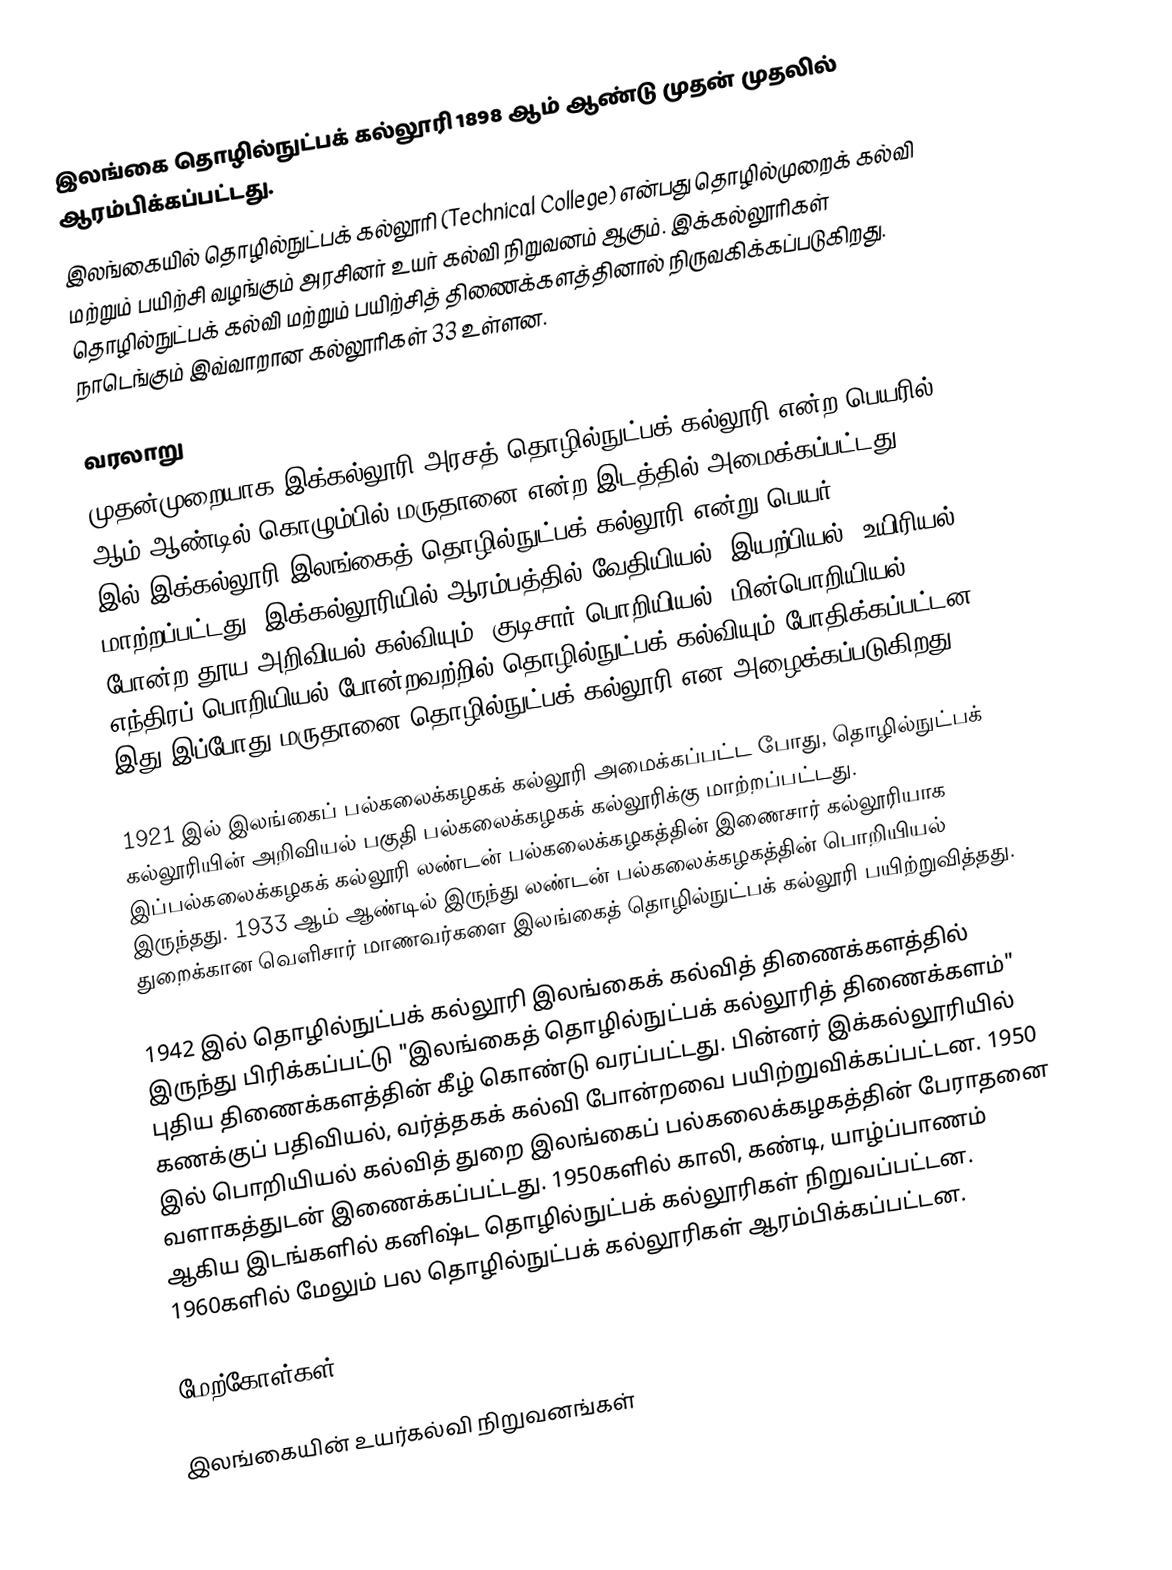
இலங்கை தொழில்நுட்பக் கல்லூரி 1898 ஆம் ஆண்டு முதன் முதலில் ஆரம்பிக்கப்பட்டது.
இலங்கையில் தொழில்நுட்பக் கல்லூரி (Technical College) என்பது தொழில்முறைக் கல்வி மற்றும் பயிற்சி வழங்கும் அரசினர் உயர் கல்வி நிறுவனம் ஆகும். இக்கல்லூரிகள் தொழில்நுட்பக் கல்வி மற்றும் பயிற்சித் திணைக்களத்தினால் நிருவகிக்கப்படுகிறது. நாடெங்கும் இவ்வாறான கல்லூரிகள் 33 உள்ளன.

வரலாறு
முதன்முறையாக இக்கல்லூரி அரசத் தொழில்நுட்பக் கல்லூரி என்ற பெயரில் 1893 ஆம் ஆண்டில் கொழும்பில் மருதானை என்ற இடத்தில் அமைக்கப்பட்டது. 1906 இல் இக்கல்லூரி இலங்கைத் தொழில்நுட்பக் கல்லூரி என்று பெயர் மாற்றப்பட்டது. இக்கல்லூரியில் ஆரம்பத்தில் வேதியியல், இயற்பியல், உயிரியல் போன்ற தூய அறிவியல் கல்வியும், குடிசார் பொறியியல், மின்பொறியியல், எந்திரப் பொறியியல் போன்றவற்றில் தொழில்நுட்பக் கல்வியும் போதிக்கப்பட்டன. இது இப்போது மருதானை தொழில்நுட்பக் கல்லூரி என அழைக்கப்படுகிறது.

1921 இல் இலங்கைப் பல்கலைக்கழகக் கல்லூரி அமைக்கப்பட்ட போது, தொழில்நுட்பக் கல்லூரியின் அறிவியல் பகுதி பல்கலைக்கழகக் கல்லூரிக்கு மாற்றப்பட்டது. இப்பல்கலைக்கழகக் கல்லூரி லண்டன் பல்கலைக்கழகத்தின் இணைசார் கல்லூரியாக இருந்தது. 1933 ஆம் ஆண்டில் இருந்து லண்டன் பல்கலைக்கழகத்தின் பொறியியல் துறைக்கான வெளிசார் மாணவர்களை இலங்கைத் தொழில்நுட்பக் கல்லூரி பயிற்றுவித்தது.

1942 இல் தொழில்நுட்பக் கல்லூரி இலங்கைக் கல்வித் திணைக்களத்தில் இருந்து பிரிக்கப்பட்டு "இலங்கைத் தொழில்நுட்பக் கல்லூரித் திணைக்களம்" புதிய திணைக்களத்தின் கீழ் கொண்டு வரப்பட்டது. பின்னர் இக்கல்லூரியில் கணக்குப் பதிவியல், வர்த்தகக் கல்வி போன்றவை பயிற்றுவிக்கப்பட்டன. 1950 இல் பொறியியல் கல்வித் துறை இலங்கைப் பல்கலைக்கழகத்தின் பேராதனை வளாகத்துடன் இணைக்கப்பட்டது. 1950களில் காலி, கண்டி, யாழ்ப்பாணம் ஆகிய இடங்களில் கனிஷ்ட தொழில்நுட்பக் கல்லூரிகள் நிறுவப்பட்டன. 1960களில் மேலும் பல தொழில்நுட்பக் கல்லூரிகள் ஆரம்பிக்கப்பட்டன.

மேற்கோள்கள்

இலங்கையின் உயர்கல்வி நிறுவனங்கள்